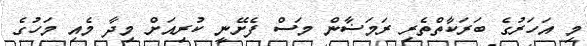
މި އަހަރުގެ ބަރަކާތްތެރި ރަމަޟާން މަސް ފެށޭނީ ކުރިއަށް މިދާ މެއި މަހުގެ